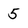
Character: 5